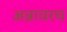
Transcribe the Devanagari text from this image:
अन्नावरच